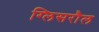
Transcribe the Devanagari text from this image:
ग्लिसरौल